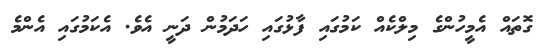
ގޮތައް އެމީހުންގެ މިލްކެއް ކަމުގައި ފާޅުގައި ހަދަމުން ދަނީ އެވެ. އެކަމުގައި އެންމެ